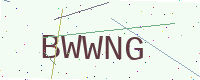
Text: BWWNG